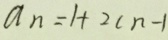
a _ { n } = 1 + 2 c n - 1